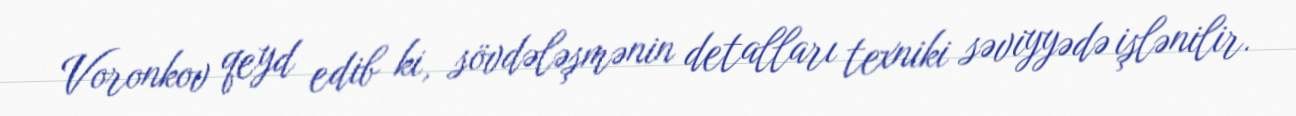
Voronkov qeyd edib ki, sövdələşmənin detalları texniki səviyyədə işlənilir.